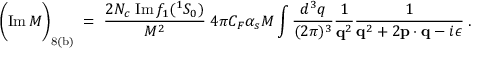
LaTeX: \Bigg ( \mathrm { I m \, } { \cal M } \Bigg ) _ { \mathrm { 8 ( b ) } } \; = \; { \frac { 2 N _ { c } \; \mathrm { I m \, } f _ { 1 } ( { } ^ { 1 } S _ { 0 } ) } { M ^ { 2 } } } \; 4 \pi C _ { F } \alpha _ { s } M \int { \frac { d ^ { 3 } q } { ( 2 \pi ) ^ { 3 } } } { \frac { 1 } { { \bf q } ^ { 2 } } } { \frac { 1 } { { \bf q } ^ { 2 } + 2 { \bf p } \cdot { \bf q } - i \epsilon } } \; .